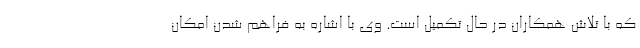
که با تلاش همکاران در حال تکمیل است. وی با اشاره به فراهم شدن امکان